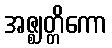
အဇ္ဈတ္တိကော